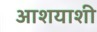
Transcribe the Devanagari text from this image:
आशयाशी